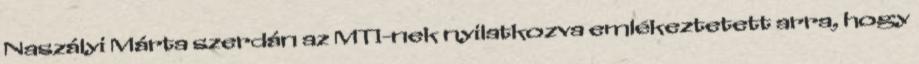
Naszályi Márta szerdán az MTI-nek nyilatkozva emlékeztetett arra, hogy